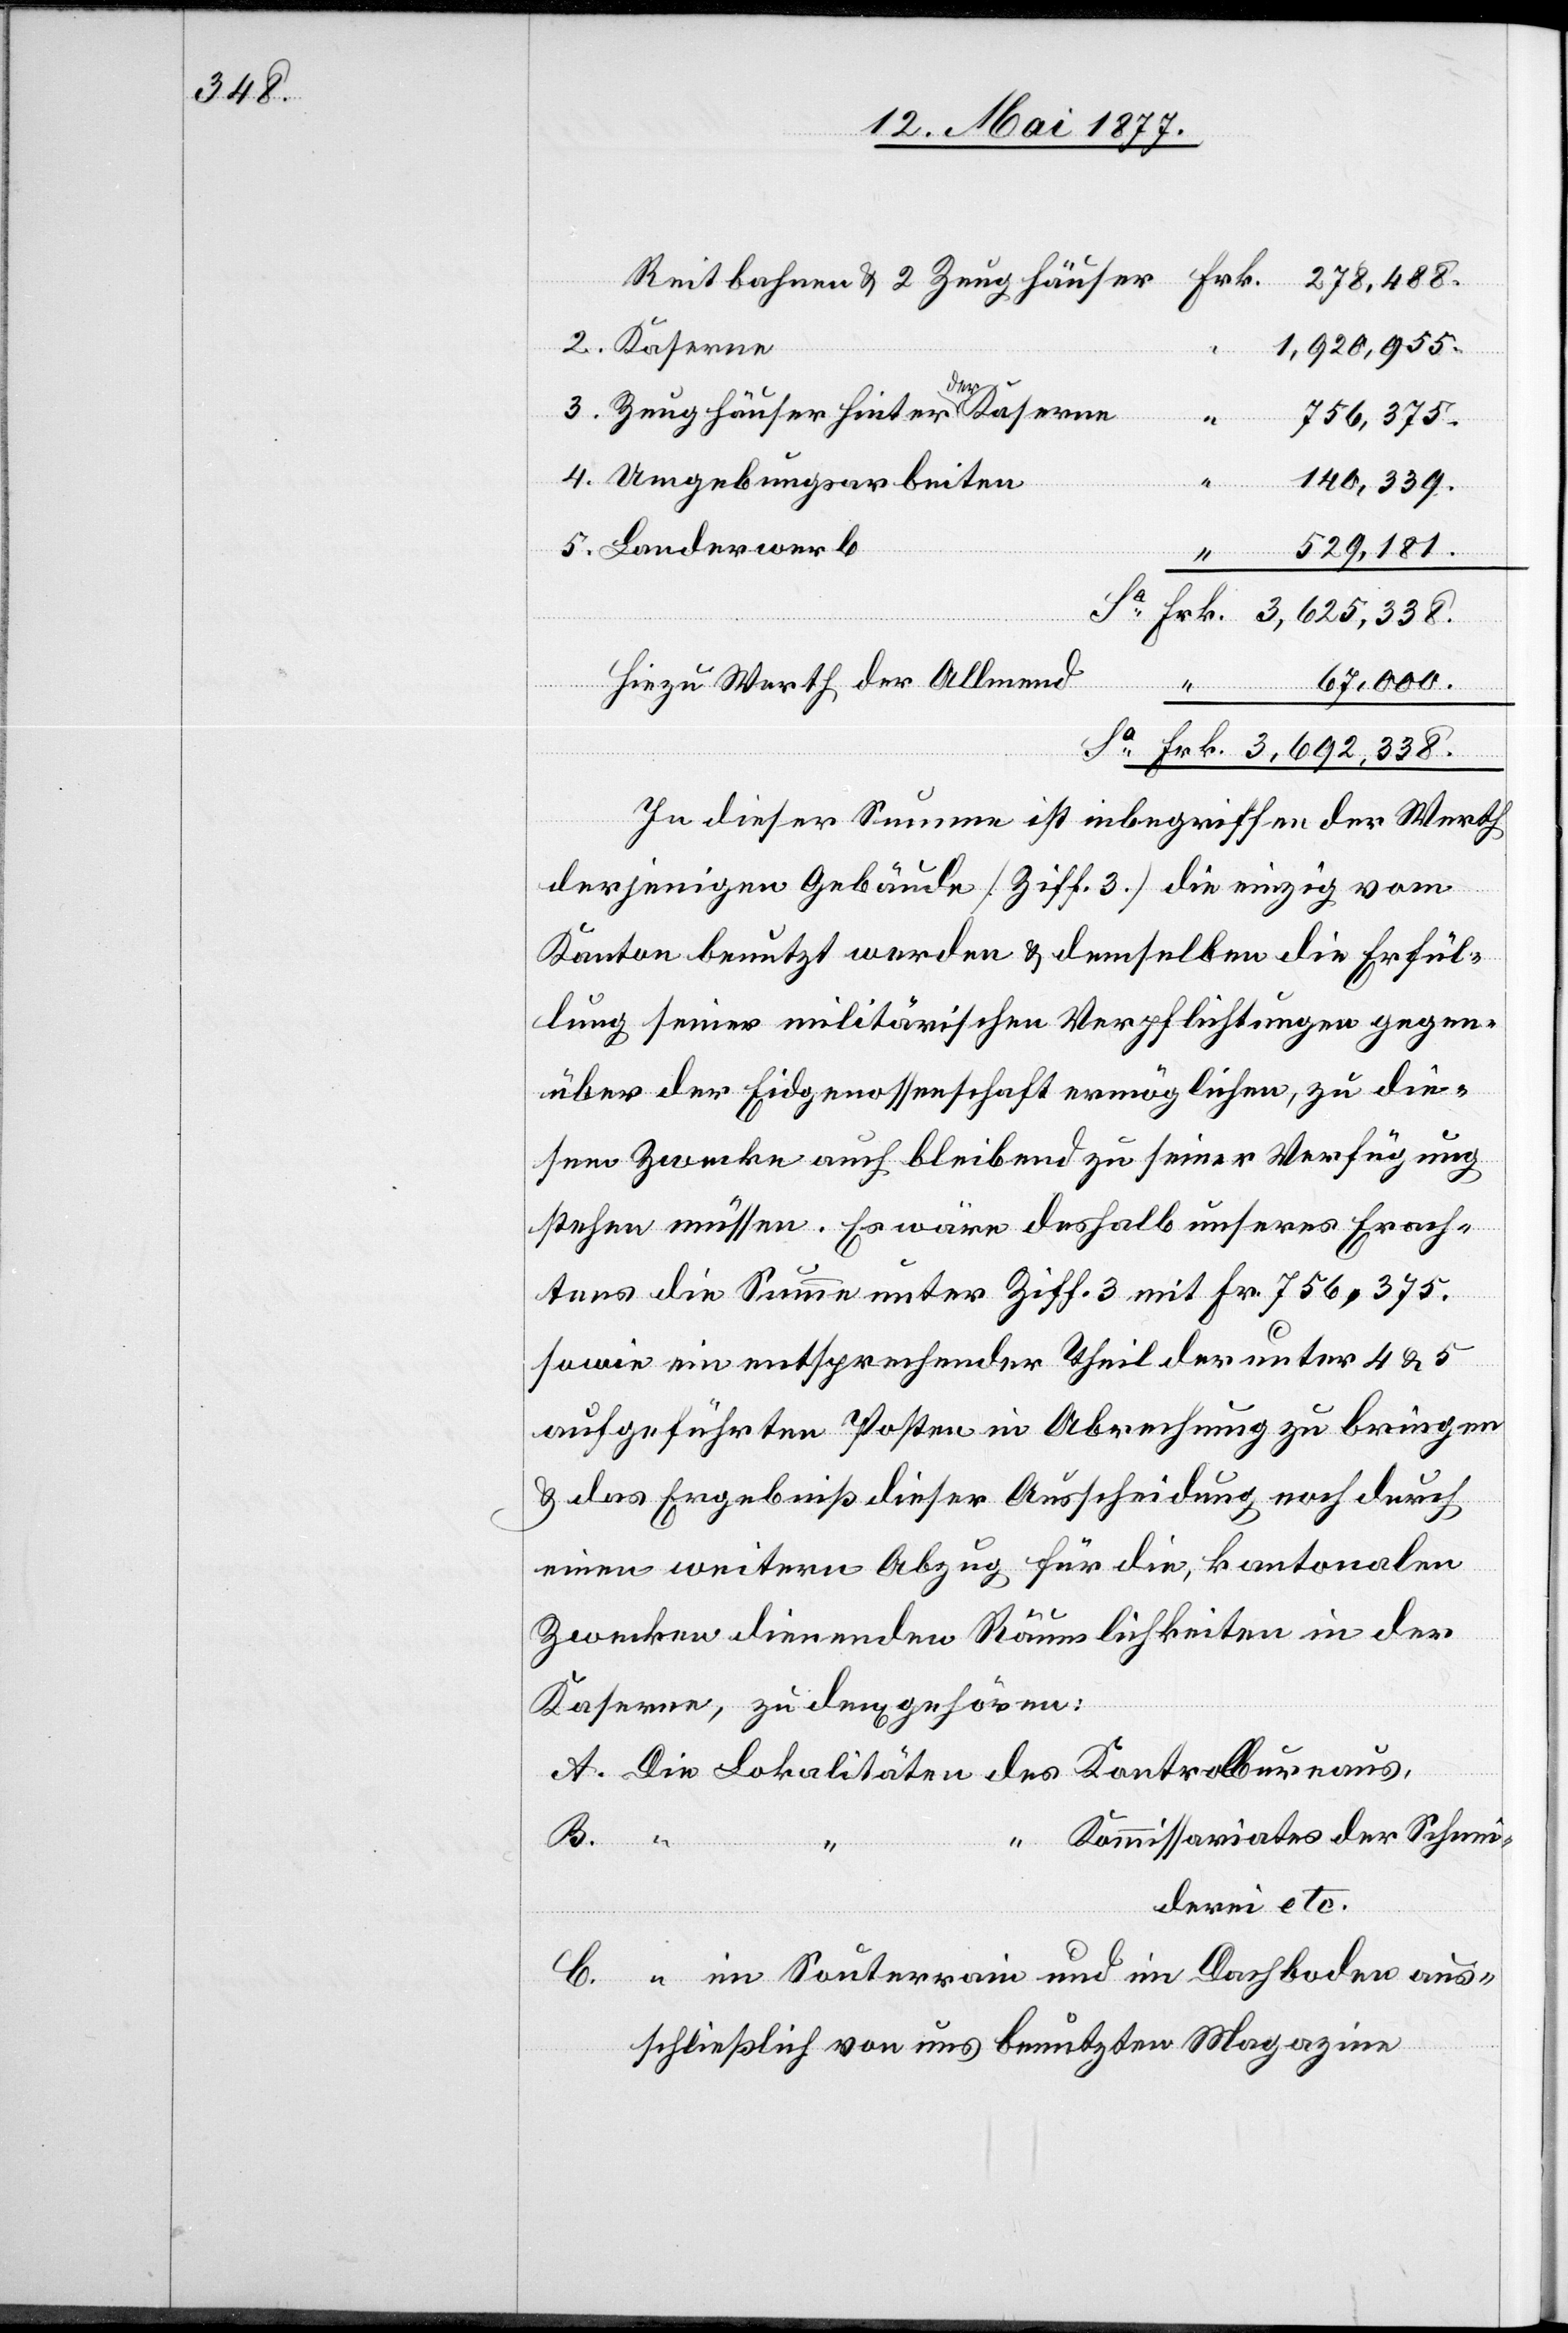
278,488.
Reitbahnen & 2 Zeughäuser[]]
2. Kaserne
“
1,920,955.
3. Zeughäuser hinter der Kaserne
“
aus¬
756,375.
4. Umgebungsarbeiten
140,339.
5. Landerwerb
529,181.
“
67,000.
Hiezu Werth der Allmend
In dieser Summe ist inbegriffen der Werth
derjenigen Gebäude [Ziff. 3] die einzig vom
Kanton benutzt werden & demselben die Erfül¬
lung seiner militärischen Verpflichtungen gegen¬
über der Eidgenossenschaft ermöglichen, zu die¬
sem Zwecke auch bleibend zu seiner Verfügung
stehen müssen. Es wäre deshalb unserers Erach¬
tens die Summe unter Ziff. 3 mit Frk. 756,375
A.
sowie ein entsprechender Theil der unter 4 & 5
aufgeführten Posten in Abrechnung zu bringen
& das Ergebniß dieser Ausscheidung noch durch
einen weitern Abzug für die, kantonalen
Zwecken dienenden Räumlichkeiten in der
Kaserne, zu den[en] gehören:
Kommissariates der Schnei¬
C.
derei etc.
schließlich von uns benutzten Magazine